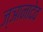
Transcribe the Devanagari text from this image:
ज्ञानादेव